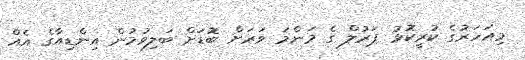
މިއަހަރުގެ ކުރީކޮޅު ޕަރުލް ގެ މަންމަ ވަރަށް ބޮޑަށް ބަލިވުމުން އިންޑިއާގެ އެއް